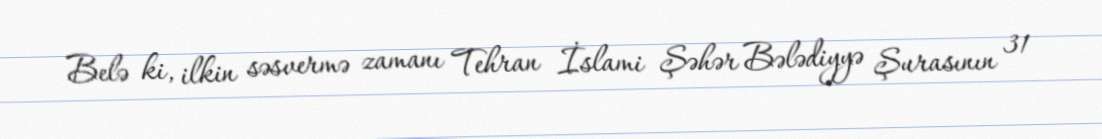
Belə ki, ilkin səsvermə zamanı Tehran İslami Şəhər Bələdiyyə Şurasının 31